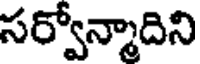
సర్వోన్మాదిని